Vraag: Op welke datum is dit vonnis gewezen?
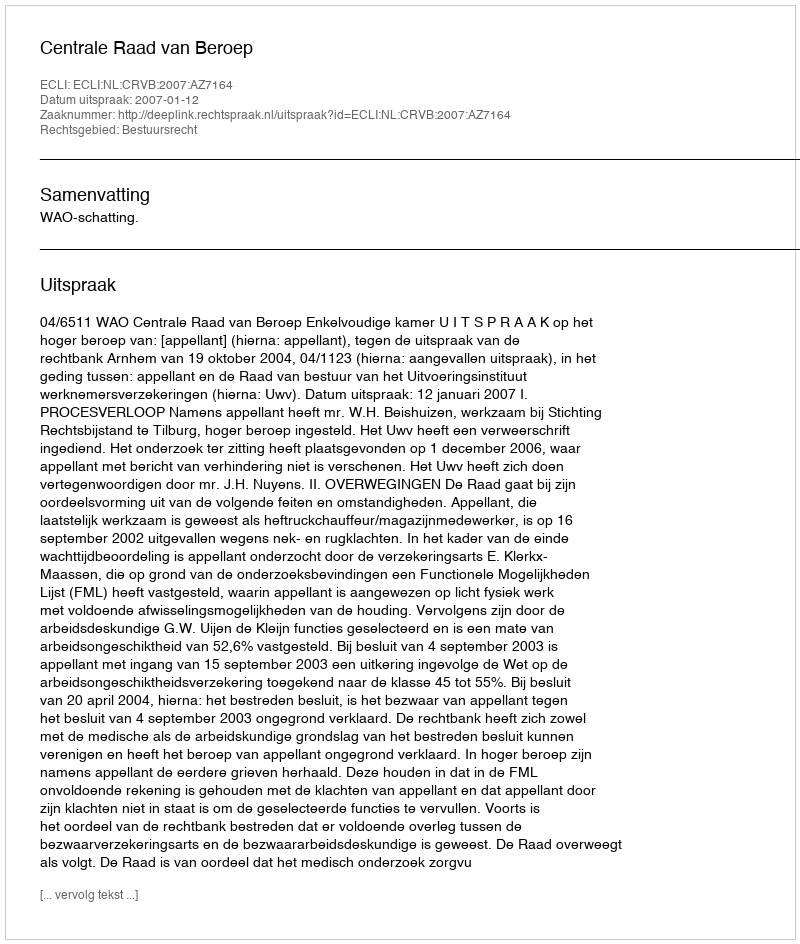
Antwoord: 2007-01-12